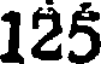
125